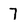
Character: 7